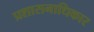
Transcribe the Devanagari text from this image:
प्रशासनाधिकार